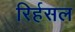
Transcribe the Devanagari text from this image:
रिर्हसल